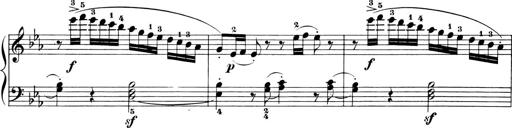
Title: 6 Piano Sonatinas
Composer: Cornelius Gurlitt